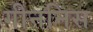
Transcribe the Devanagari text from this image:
गीननिस